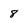
Character: 8